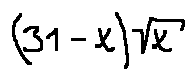
( 3 1 - x ) \sqrt { x }